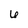
Character: 6